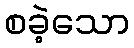
စခဲ့သော